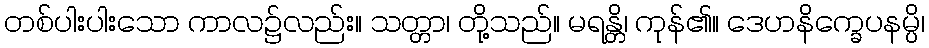
တစ်ပါးပါးသော ကာလ၌လည်း။ သတ္တာ၊ တို့သည်။ မရန္တိ၊ ကုန်၏။ ဒေဟနိက္ခေပနမ္ပိ၊